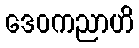
ဒေဝကညာဟိ